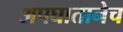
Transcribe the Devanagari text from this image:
अपघातानेच